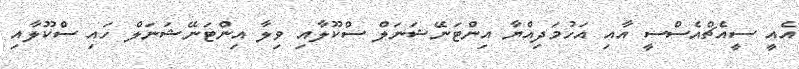
އެއީ ސީއެޗްއެސްސީ އާއި އަހުމަދިއްޔާ އިންޓަނޭޝަނަލް ސްކޫލާއި ވިލާ އިންޓަނޭޝަނަލް ހައި ސްކޫލާއި